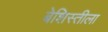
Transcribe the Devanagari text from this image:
बेशिस्तीला